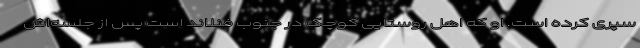
سپری کرده است. او که اهل روستایی کوچک در جنوب فنلاند است پس از جلسه‌اش